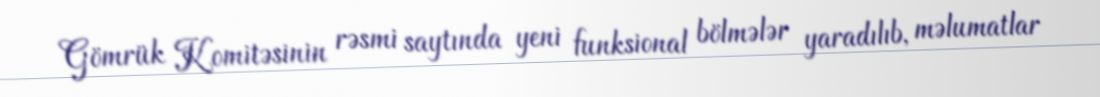
Gömrük Komitəsinin rəsmi saytında yeni funksional bölmələr yaradılıb, məlumatlar